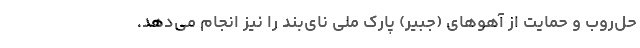
حل‌روب و حمایت از آهوهای (جبیر) پارک ملی نای‌بند را نیز انجام می‌دهد.